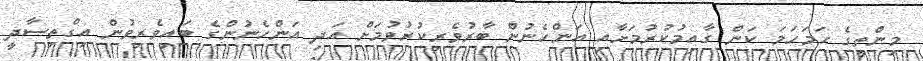
މިންތީގެ ހަމަހަމަ ކަން ގާއިމުކުރުމަށާއި އަންހެނުން ބާރުވެރިކުރުވުމަށް އަދި އަންހެނުންގެ ބައިވެރިވުން އިގްތިސާދީ